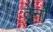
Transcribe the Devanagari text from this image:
ट्रेनोँ